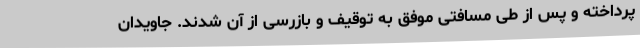
پرداخته و پس از طی مسافتی موفق به توقیف و بازرسی از آن شدند. جاویدان